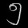
Digit: ၅